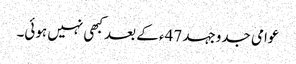
عوامی جدوجہد 47ء کے بعد کبھی نہیں ہوئی۔